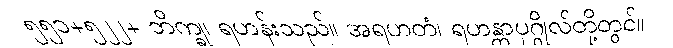
၅၅၁+၅၂၂+ ဘိက္ခု၊ ရဟန်းသည်။ အရဟတံ၊ ရဟန္တာပုဂ္ဂိုလ်တို့တွင်။